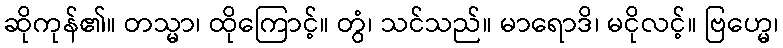
ဆိုကုန်၏။ တသ္မာ၊ ထိုကြောင့်။ တွံ၊ သင်သည်။ မာရောဒိ၊ မငိုလင့်။ ဗြဟ္မေ၊